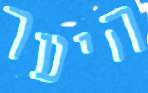
היער